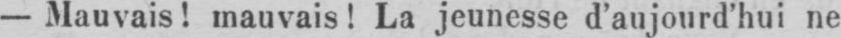
- Mauvais! mauvais! La jeunesse d’aujourd’hui ne